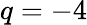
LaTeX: q=-4